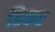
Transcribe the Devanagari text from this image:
डिकर